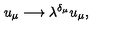
u _ { \mu } \longrightarrow \lambda ^ { \delta _ { \mu } } u _ { \mu } ,